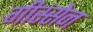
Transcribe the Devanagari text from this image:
गीस्सेन